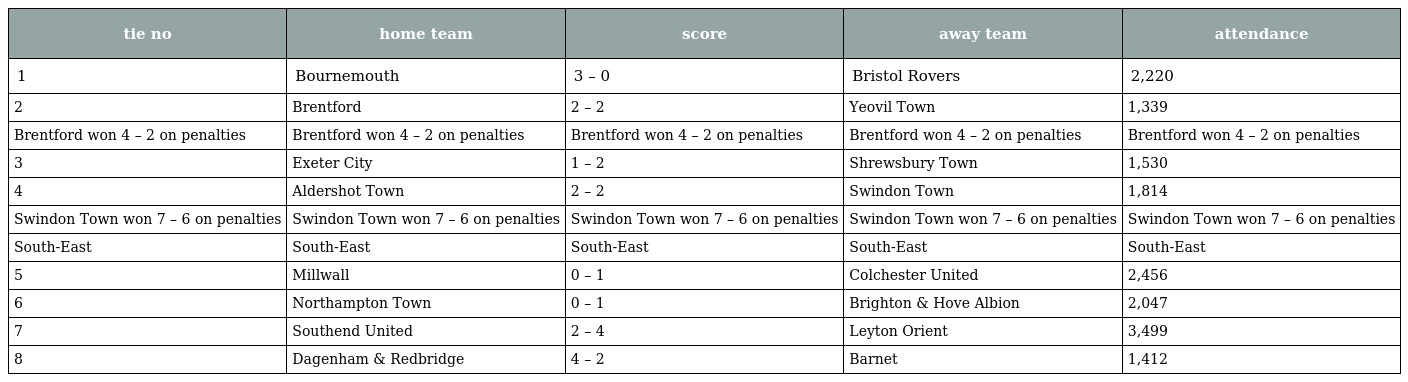
| tie no | home team | score | away team | attendance |
 | --- | --- | --- | --- | --- |
 | 1 | Bournemouth | 3 – 0 | Bristol Rovers | 2,220 |
 | 2 | Brentford | 2 – 2 | Yeovil Town | 1,339 |
 | Brentford won 4 – 2 on penalties | Brentford won 4 – 2 on penalties | Brentford won 4 – 2 on penalties | Brentford won 4 – 2 on penalties | Brentford won 4 – 2 on penalties |
 | 3 | Exeter City | 1 – 2 | Shrewsbury Town | 1,530 |
 | 4 | Aldershot Town | 2 – 2 | Swindon Town | 1,814 |
 | Swindon Town won 7 – 6 on penalties | Swindon Town won 7 – 6 on penalties | Swindon Town won 7 – 6 on penalties | Swindon Town won 7 – 6 on penalties | Swindon Town won 7 – 6 on penalties |
 | South-East | South-East | South-East | South-East | South-East |
 | 5 | Millwall | 0 – 1 | Colchester United | 2,456 |
 | 6 | Northampton Town | 0 – 1 | Brighton & Hove Albion | 2,047 |
 | 7 | Southend United | 2 – 4 | Leyton Orient | 3,499 |
 | 8 | Dagenham & Redbridge | 4 – 2 | Barnet | 1,412 |